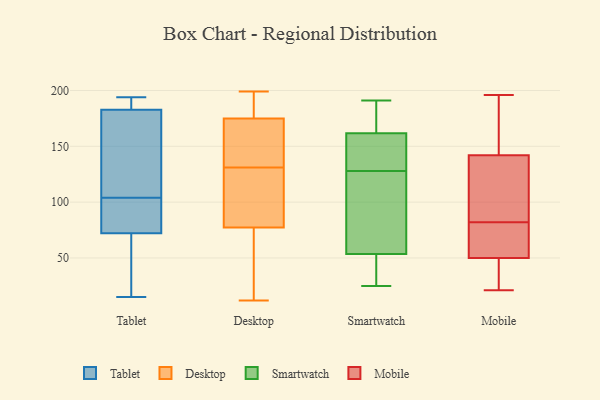
{"axis": {"x": "Satisfaction Score", "y": "Value"}, "legend": ["Desktop", "Mobile", "Smartwatch", "Tablet"], "data": [{"x": "", "y": 22, "type": "Tablet"}, {"x": "", "y": 104, "type": "Tablet"}, {"x": "", "y": 189, "type": "Tablet"}, {"x": "", "y": 151, "type": "Tablet"}, {"x": "", "y": 78, "type": "Tablet"}, {"x": "", "y": 188, "type": "Tablet"}, {"x": "", "y": 77, "type": "Tablet"}, {"x": "", "y": 181, "type": "Tablet"}, {"x": "", "y": 73, "type": "Tablet"}, {"x": "", "y": 70, "type": "Tablet"}, {"x": "", "y": 194, "type": "Tablet"}, {"x": "", "y": 83, "type": "Tablet"}, {"x": "", "y": 110, "type": "Tablet"}, {"x": "", "y": 176, "type": "Tablet"}, {"x": "", "y": 189, "type": "Tablet"}, {"x": "", "y": 15, "type": "Tablet"}, {"x": "", "y": 30, "type": "Tablet"}, {"x": "", "y": 150, "type": "Desktop"}, {"x": "", "y": 97, "type": "Desktop"}, {"x": "", "y": 75, "type": "Desktop"}, {"x": "", "y": 189, "type": "Desktop"}, {"x": "", "y": 54, "type": "Desktop"}, {"x": "", "y": 199, "type": "Desktop"}, {"x": "", "y": 183, "type": "Desktop"}, {"x": "", "y": 194, "type": "Desktop"}, {"x": "", "y": 12, "type": "Desktop"}, {"x": "", "y": 84, "type": "Desktop"}, {"x": "", "y": 131, "type": "Desktop"}, {"x": "", "y": 145, "type": "Desktop"}, {"x": "", "y": 47, "type": "Desktop"}, {"x": "", "y": 107, "type": "Desktop"}, {"x": "", "y": 151, "type": "Desktop"}, {"x": "", "y": 35, "type": "Smartwatch"}, {"x": "", "y": 122, "type": "Smartwatch"}, {"x": "", "y": 25, "type": "Smartwatch"}, {"x": "", "y": 152, "type": "Smartwatch"}, {"x": "", "y": 34, "type": "Smartwatch"}, {"x": "", "y": 163, "type": "Smartwatch"}, {"x": "", "y": 178, "type": "Smartwatch"}, {"x": "", "y": 128, "type": "Smartwatch"}, {"x": "", "y": 55, "type": "Smartwatch"}, {"x": "", "y": 142, "type": "Smartwatch"}, {"x": "", "y": 183, "type": "Smartwatch"}, {"x": "", "y": 190, "type": "Smartwatch"}, {"x": "", "y": 83, "type": "Smartwatch"}, {"x": "", "y": 135, "type": "Smartwatch"}, {"x": "", "y": 53, "type": "Smartwatch"}, {"x": "", "y": 191, "type": "Smartwatch"}, {"x": "", "y": 34, "type": "Smartwatch"}, {"x": "", "y": 158, "type": "Smartwatch"}, {"x": "", "y": 73, "type": "Smartwatch"}, {"x": "", "y": 147, "type": "Mobile"}, {"x": "", "y": 196, "type": "Mobile"}, {"x": "", "y": 94, "type": "Mobile"}, {"x": "", "y": 142, "type": "Mobile"}, {"x": "", "y": 61, "type": "Mobile"}, {"x": "", "y": 70, "type": "Mobile"}, {"x": "", "y": 36, "type": "Mobile"}, {"x": "", "y": 97, "type": "Mobile"}, {"x": "", "y": 21, "type": "Mobile"}, {"x": "", "y": 50, "type": "Mobile"}]}